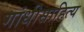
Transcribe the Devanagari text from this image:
गांधीसाहित्य